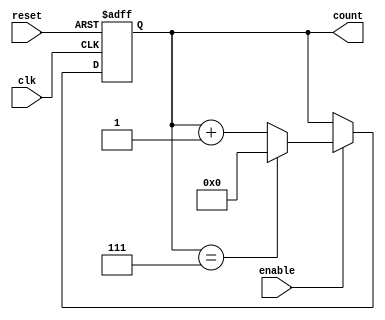
module ModuloNUpCounter (
    input wire clk,
    input wire reset,
    input wire enable,
    output reg [N-1:0] count
);

parameter N = 8; // specify value of N

always @(posedge clk or posedge reset) begin
    if (reset) begin
        count <= 0;
    end else if (enable) begin
        if (count == N-1) begin
            count <= 0;
        end else begin
            count <= count + 1;
        end
    end
end

endmodule